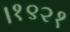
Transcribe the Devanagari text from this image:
।१९२१